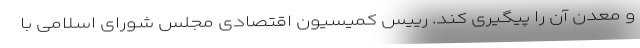
و معدن آن را پیگیری کند. رییس کمیسیون اقتصادی مجلس شورای اسلامی با